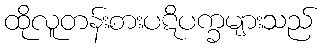
ထိုလူတန်းစားပဋိပက္ခများသည်